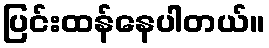
ပြင်းထန်နေပါတယ်။